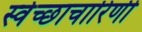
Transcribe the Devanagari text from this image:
स्वेच्छाचारिणी